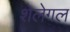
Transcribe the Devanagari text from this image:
शेलेगल